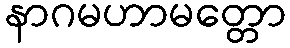
နာဂမဟာမတ္တော